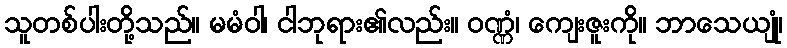
သူတစ်ပါးတို့သည်။ မမံဝါ၊ ငါဘုရား၏လည်း။ ဝဏ္ဏံ၊ ကျေးဇူးကို။ ဘာသေယျုံ၊